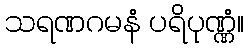
သရဏဂမနံ ပရိပုဏ္ဏံ။